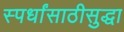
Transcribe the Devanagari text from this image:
स्पर्धांसाठीसुद्धा